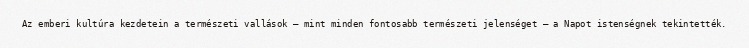
Az emberi kultúra kezdetein a természeti vallások – mint minden fontosabb természeti jelenséget – a Napot istenségnek tekintették.